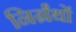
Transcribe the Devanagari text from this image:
निर्ग्रंथों